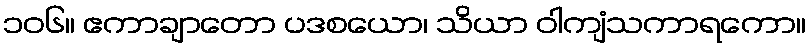
၁၀၆။ ဧကာချာတော ပဒစယော၊ သိယာ ဝါကျံသကာရကော။